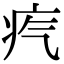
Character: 𤴸